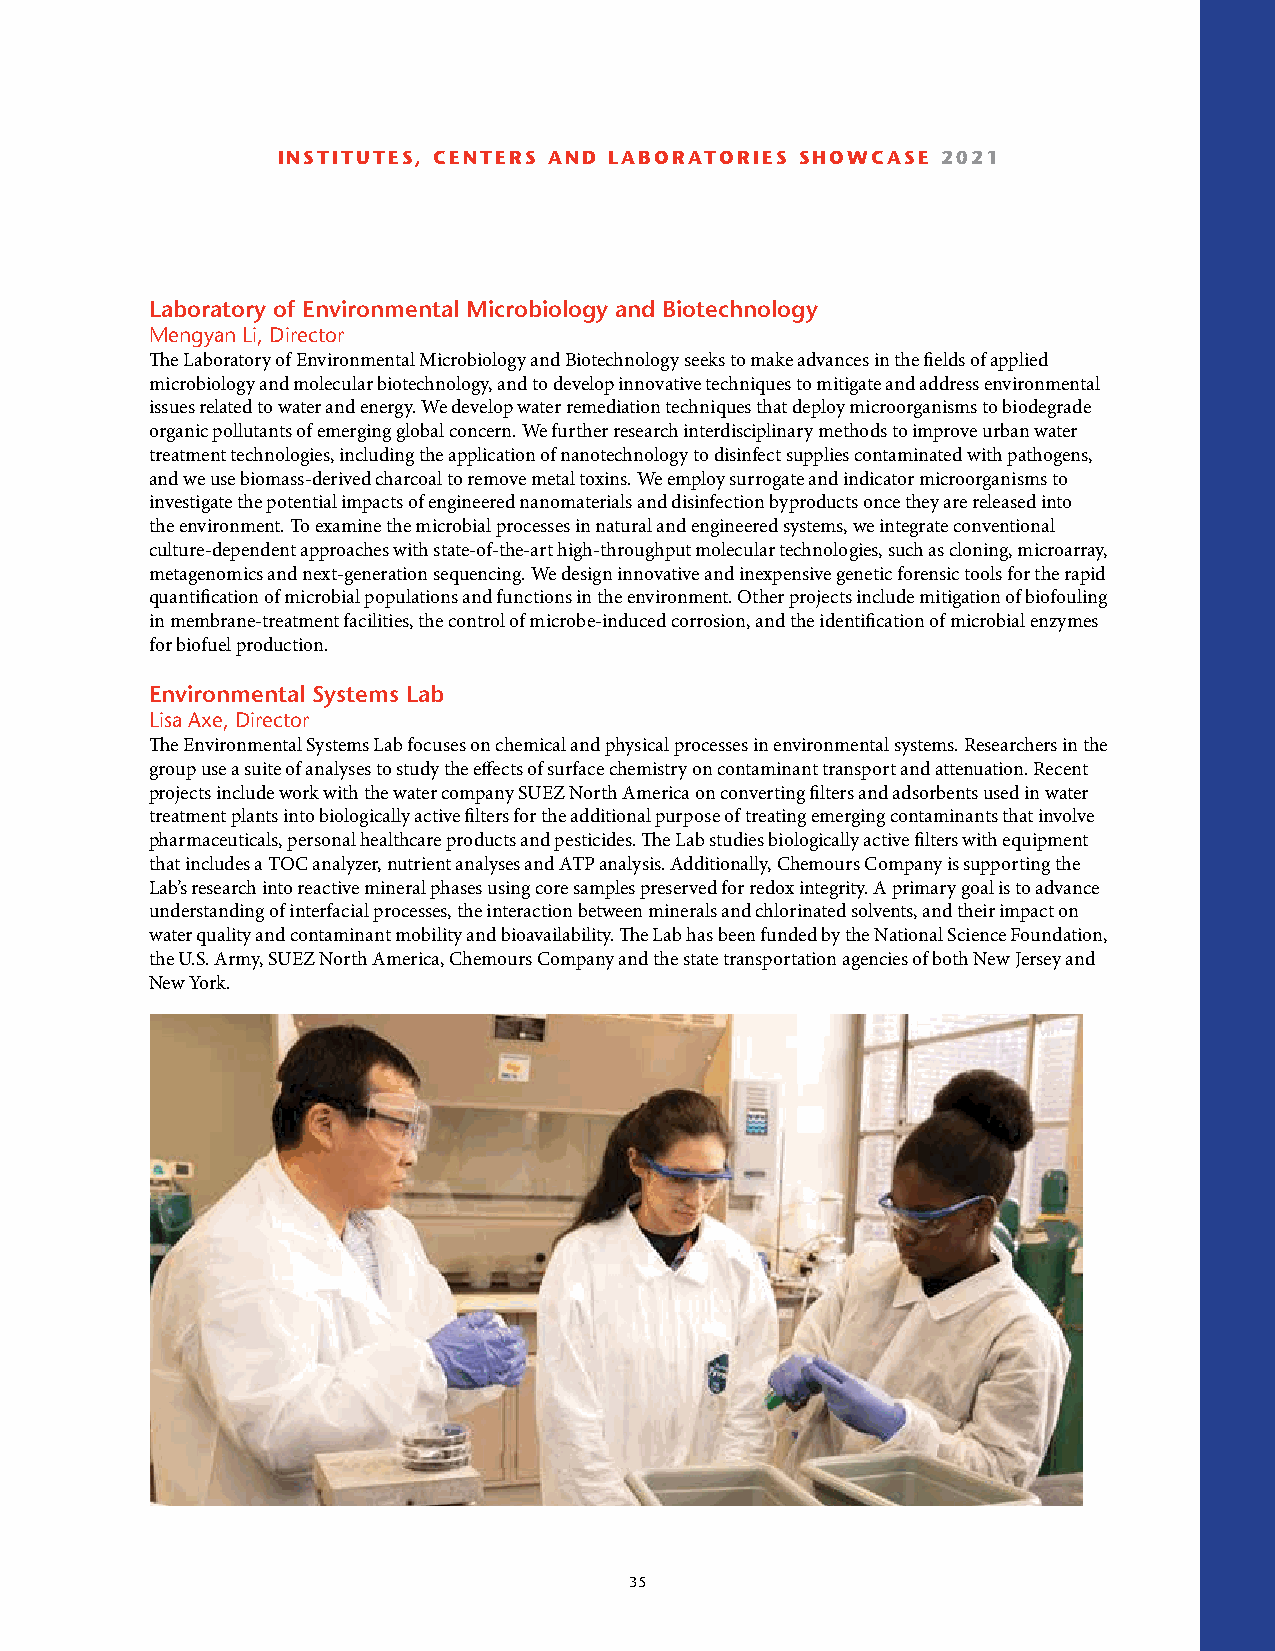
INSTITUTES, CENTERS AND LABORATORIES SHOWCASE 2021
 Laboratory of Environmental Microbiology and Biotechnology
 Mengyan Li, Director
 The Laboratory of Environmental Microbiology and Biotechnology seeks to make advances in the fields of applied
 microbiology and molecular biotechnology, and to develop innovative techniques to mitigate and address environmental
 issues related to water and energy. We develop water remediation techniques that deploy microorganisms to biodegrade
 organic pollutants of emerging global concern. We further research interdisciplinary methods to improve urban water
 treatment technologies, including the application of nanotechnology to disinfect supplies contaminated with pathogens,
 and we use biomass-derived charcoal to remove metal toxins. We employ surrogate and indicator microorganisms to
 investigate the potential impacts of engineered nanomaterials and disinfection byproducts once they are released into
 the environment. To examine the microbial processes in natural and engineered systems, we integrate conventional
 culture-dependent approaches with state-of-the-art high-throughput molecular technologies, such as cloning, microarray,
 metagenomics and next-generation sequencing. We design innovative and inexpensive genetic forensic tools for the rapid
 quantification of microbial populations and functions in the environment. Other projects include mitigation of biofouling
 in membrane-treatment facilities, the control of microbe-induced corrosion, and the identification of microbial enzymes
 for biofuel production.
 Environmental Systems Lab
 Lisa Axe, Director
 The Environmental Systems Lab focuses on chemical and physical processes in environmental systems. Researchers in the
 group use a suite of analyses to study the effects of surface chemistry on contaminant transport and attenuation. Recent
 projects include work with the water company SUEZ North America on converting filters and adsorbents used in water
 treatment plants into biologically active filters for the additional purpose of treating emerging contaminants that involve
 pharmaceuticals, personal healthcare products and pesticides. The Lab studies biologically active filters with equipment
 that includes a TOC analyzer, nutrient analyses and ATP analysis. Additionally, Chemours Company is supporting the
 Lab’s research into reactive mineral phases using core samples preserved for redox integrity. A primary goal is to advance
 understanding of interfacial processes, the interaction between minerals and chlorinated solvents, and their impact on
 water quality and contaminant mobility and bioavailability. The Lab has been funded by the National Science Foundation,
 the U.S. Army, SUEZ North America, Chemours Company and the state transportation agencies of both New Jersey and
 New York.
 35